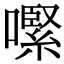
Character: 𡁵